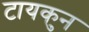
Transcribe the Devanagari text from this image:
टायकुन